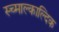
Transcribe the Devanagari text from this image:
स्च्माल्काल्दिक